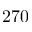
2 7 0